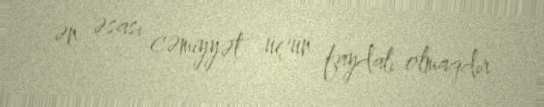
ən əsası cəmiyyət üçün faydalı olmaqdır.